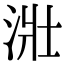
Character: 𣴣